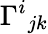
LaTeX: \Gamma^{i}{}_{jk}